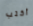
أكتب